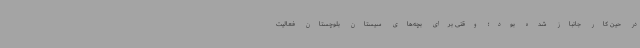
در حین کار جانباز شده بود؛ وقتی برای بچه‌های سیستان بلوچستان فعالیت